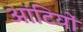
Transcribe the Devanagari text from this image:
आंटियों